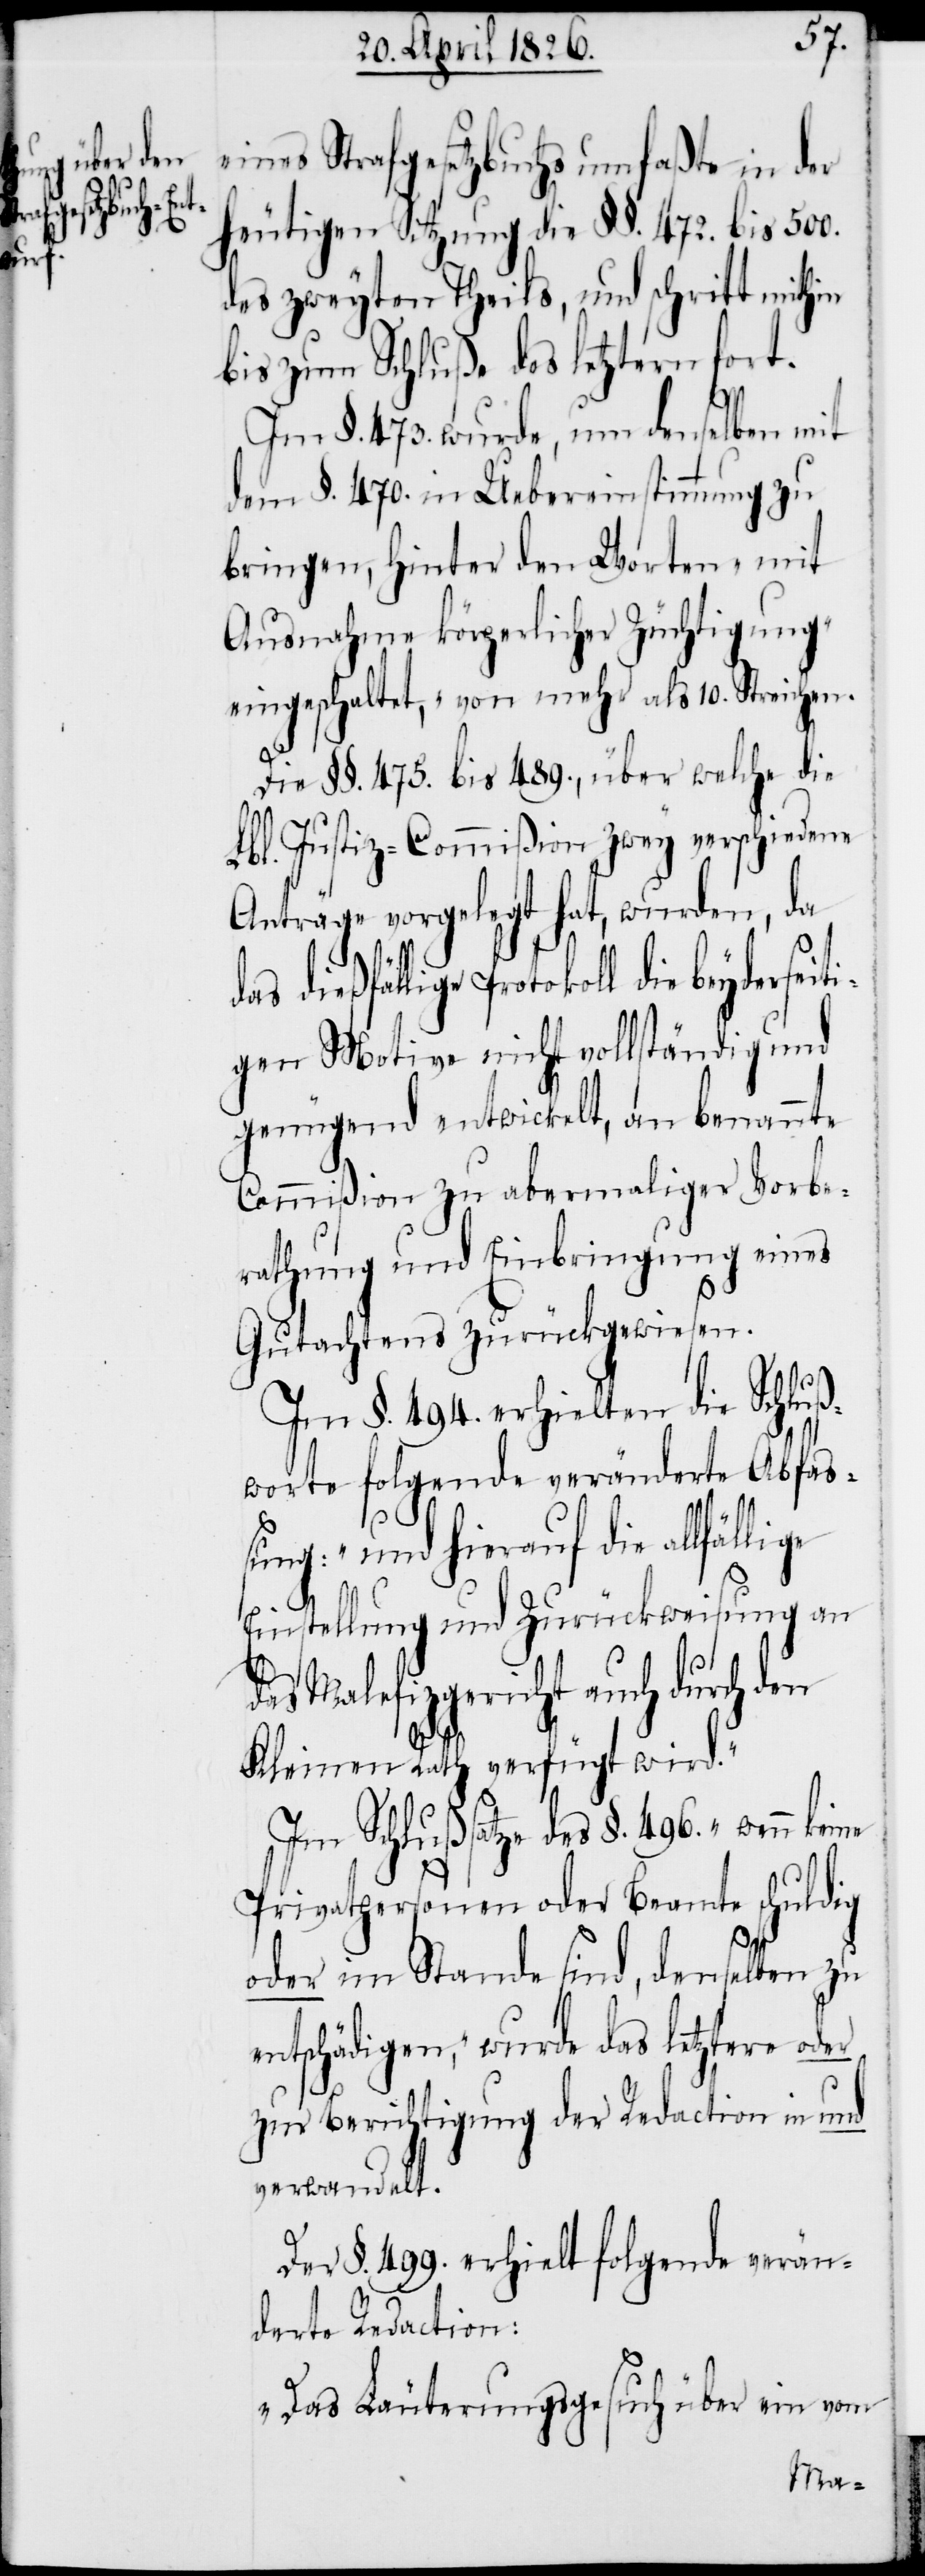
lige

eines Strafgesetzbuchs umfaßte in der
heutigen Sitzung die §§. 472. bis 500.
des zweyten Theils, und schritt mithin
bis zum Schluße des letztern fort.
Im §. 473. wurde, um denselben mit
dem §. 470. in Uebereinstimmung zu
bringen, hinter den Worten „mit
Ausnahme körperlicher Züchtigung“
eingeschaltet, „von mehr als 10. Streiche¬
Die §§. 475. bis 489., über welche die
Lbl. Justiz-Commißion zwey verschiedene
Anträge vorgelegt hat, wurden, da
l die beyderseiti¬
gen Motive nicht vollständig und
genügend entwickelt, an benannte
Commißion zu abermaliger Vorbe¬
rathung und Einbringung eines
Gutachtens zurückgewiesen.
Im §. 494. erhielten die Schluß¬
worte folgende veränderte Abfaß¬
ung: „und hierauf die allfäl¬
Einstellung und Zurückweisung an
das Malefizgericht auch durch den
Kleinen Rath verfügt wird.“
Im Schlußsatze des §. 496. „wenn
Privatpersonen oder Beamte schuldig
oder im Stande sind, denselben zu
entschädigen,“ wurde das letztere oder
zur Berichtigung der Redaction in und
verwandelt.
Der §. 499. erhielt folgende verän¬
derte Redaction:
„Das Läuterungsgesuch über ein vom